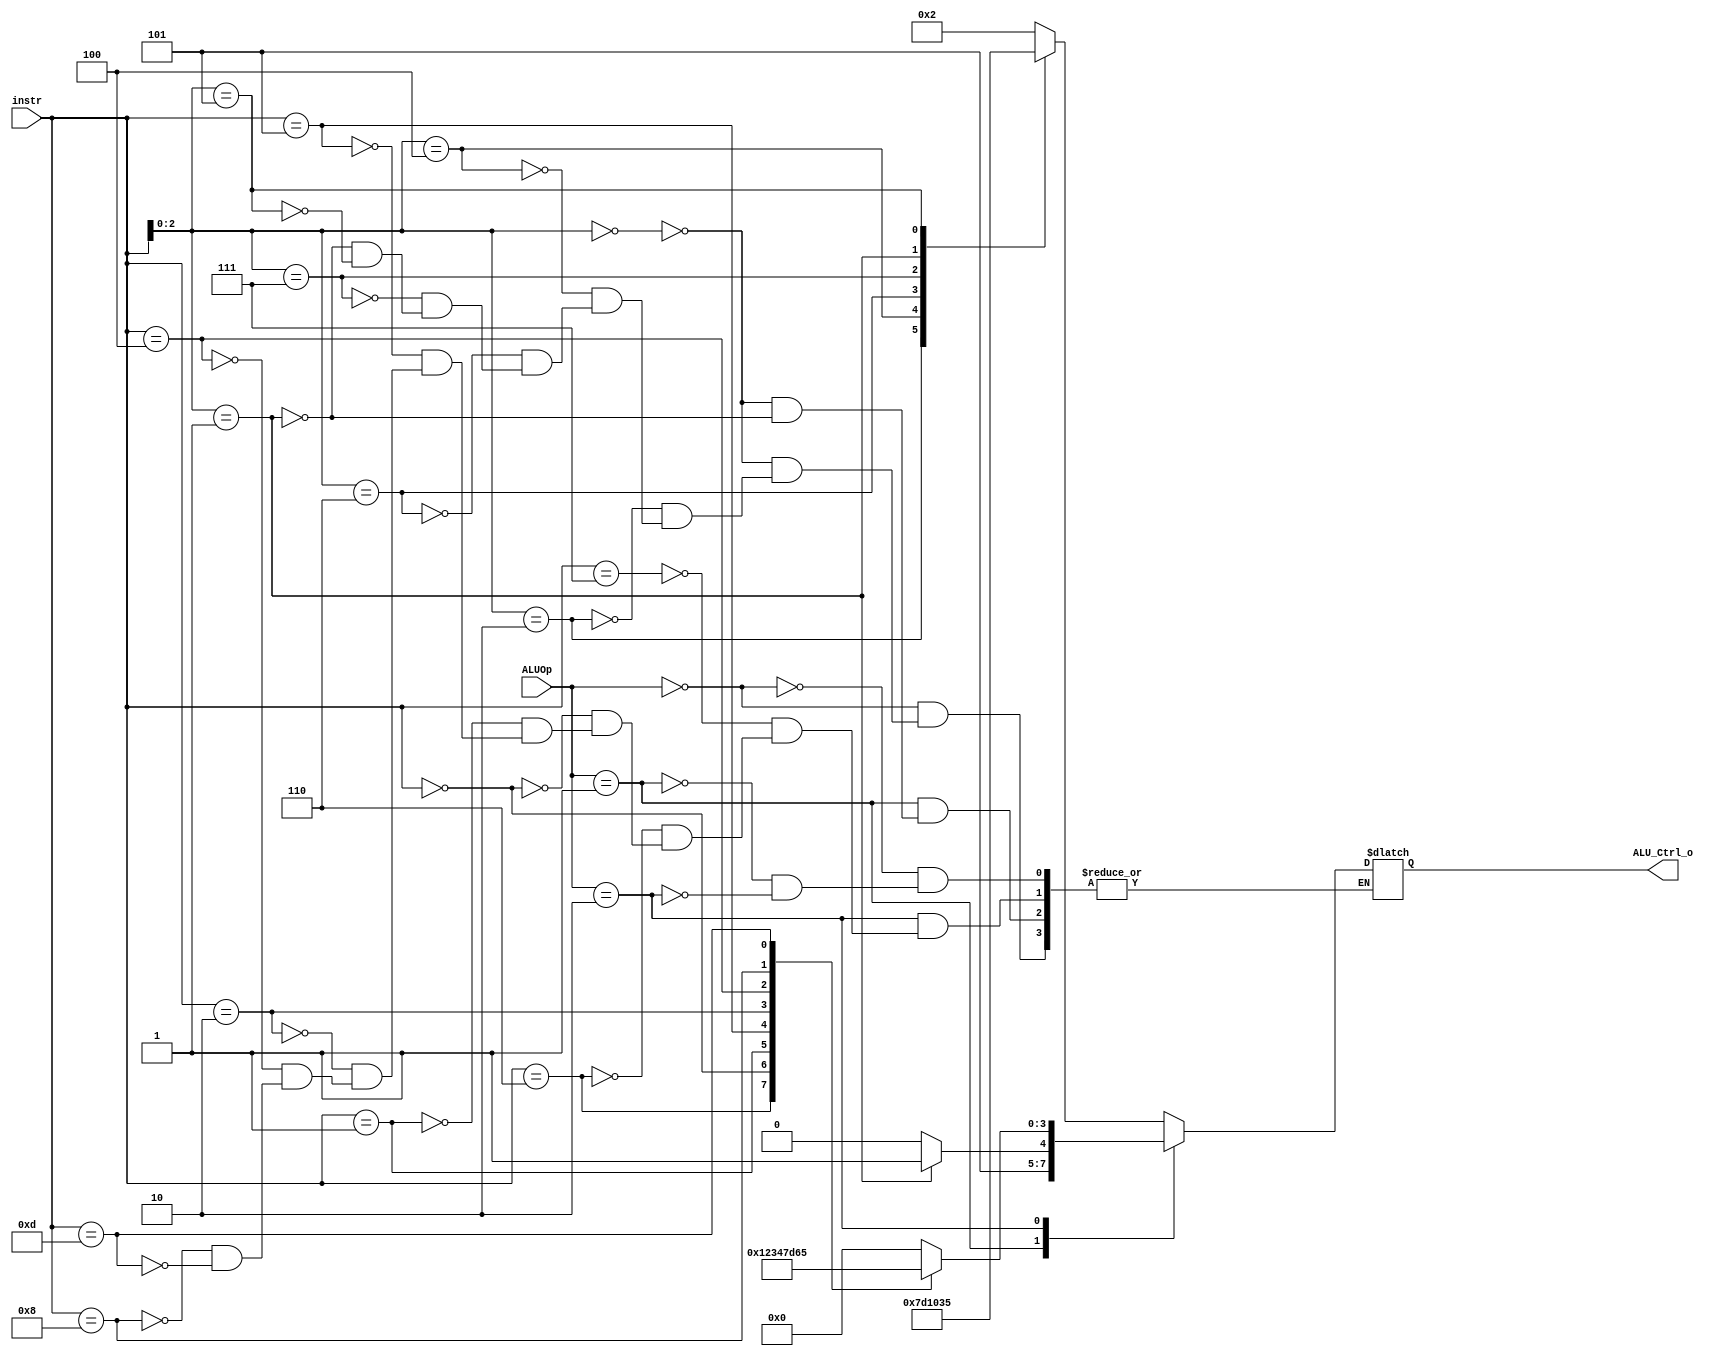
/***************************************************
Student Name: 
Student ID: 
***************************************************/

`timescale 1ns/1ps

module ALU_Ctrl(
	input	[4-1:0]	instr,
	input	[2-1:0]	ALUOp,
	output	[4-1:0] ALU_Ctrl_o
	);
	
/* Write your code HERE */
reg [4-1:0] ALU_Ctrl_out;

always@* 
begin
	case(ALUOp)
		/* Load, Store, Imm*/
		2'b00: 
			begin
				case(instr[3-1:0])
					//ADDI do add
					3'b000: ALU_Ctrl_out <= 4'b0010;
					//SLTI do slt
					3'b010: ALU_Ctrl_out <= 4'b0111;
					//XORI do xor:13
					3'b100: ALU_Ctrl_out <= 4'b1101; 
					//ORI do or
					3'b110: ALU_Ctrl_out <= 4'b0001;
					//ANDI do and
					3'b111: ALU_Ctrl_out <= 4'b0000;
					//SLLI do sll:3
					3'b001: ALU_Ctrl_out <= 4'b0011; 
					//SRAI do sra:5
					3'b101: ALU_Ctrl_out <= 4'b0101; 
				endcase 
 			end
		/* SB */
		2'b01:  
			begin
				case(instr[3-1:0])
					//BEQ do beq:10
					3'b000: ALU_Ctrl_out <= 4'b1010;
					//BNE do bne:11
					3'b001: ALU_Ctrl_out<= 4'b1011;
				endcase  
 			end
		/* R */
	  	2'b10:
			begin
				case(instr)
					//AND do and: 0
					4'b0111: ALU_Ctrl_out <= 4'b0000;
					//OR do  or: 1
					4'b0110: ALU_Ctrl_out <= 4'b0001;
					//ADD do add: 2
					4'b0000: ALU_Ctrl_out <= 4'b0010;
					//SLL do sll: 3
					4'b0001: ALU_Ctrl_out <= 4'b0011;
					//SRL do srl: 4
					4'b0101: ALU_Ctrl_out <= 4'b0100;
					//SLT do slt: 7
					4'b0010: ALU_Ctrl_out <= 4'b0111;
					//XOR do xor :13
					4'b0100: ALU_Ctrl_out <= 4'b1101;
					//SUB do sub: 6
					4'b1000: ALU_Ctrl_out <= 4'b0110;
					//SRA do sra: 5
					4'b1101: ALU_Ctrl_out <= 4'b0101;
					//NOR: 12
					
				endcase
			end
	endcase
//$display("%0dns :\$display: ALU_Ctrl_out =%4b" ,$stime , ALU_Ctrl_out);
end

assign ALU_Ctrl_o = ALU_Ctrl_out; 
endmodule